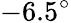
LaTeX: -6.5^{\circ}